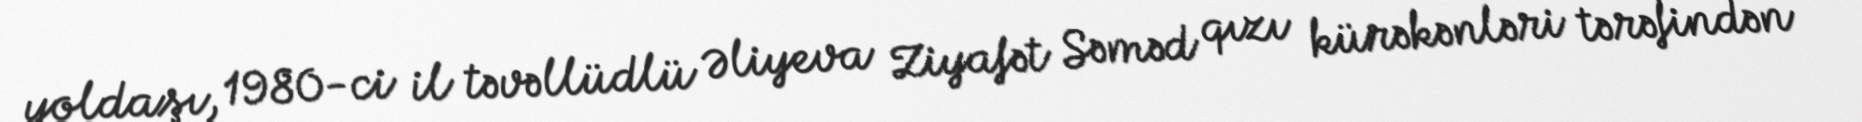
yoldaşı, 1980-ci il təvəllüdlü Əliyeva Ziyafət Səməd qızı kürəkənləri tərəfindən